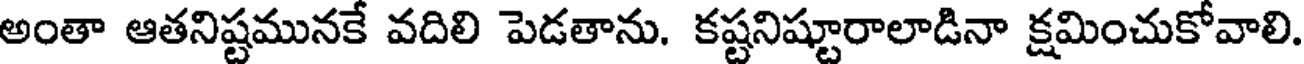
అంతా ఆతనిష్టమునకే వదిలి పెడతాను. కష్టనిష్టూరాలాడినా క్షమించుకోవాలి.